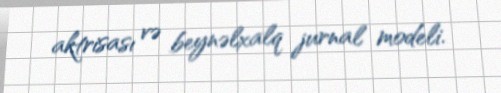
aktrisası və beynəlxalq jurnal modeli.